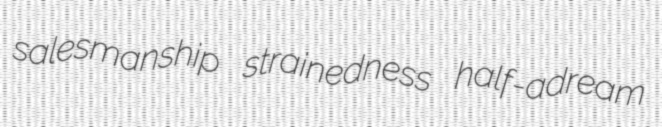
salesmanship strainedness half-adream